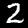
Digit: 2